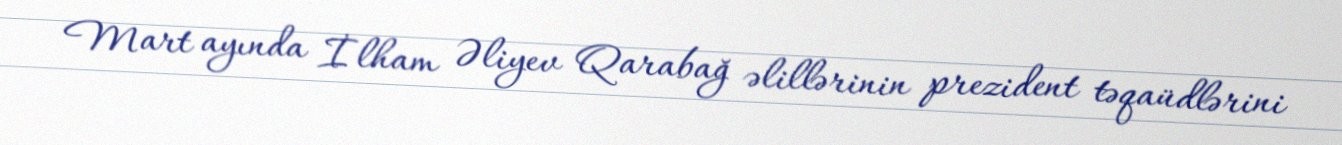
Mart ayında İlham Əliyev Qarabağ əlillərinin prezident təqaüdlərini